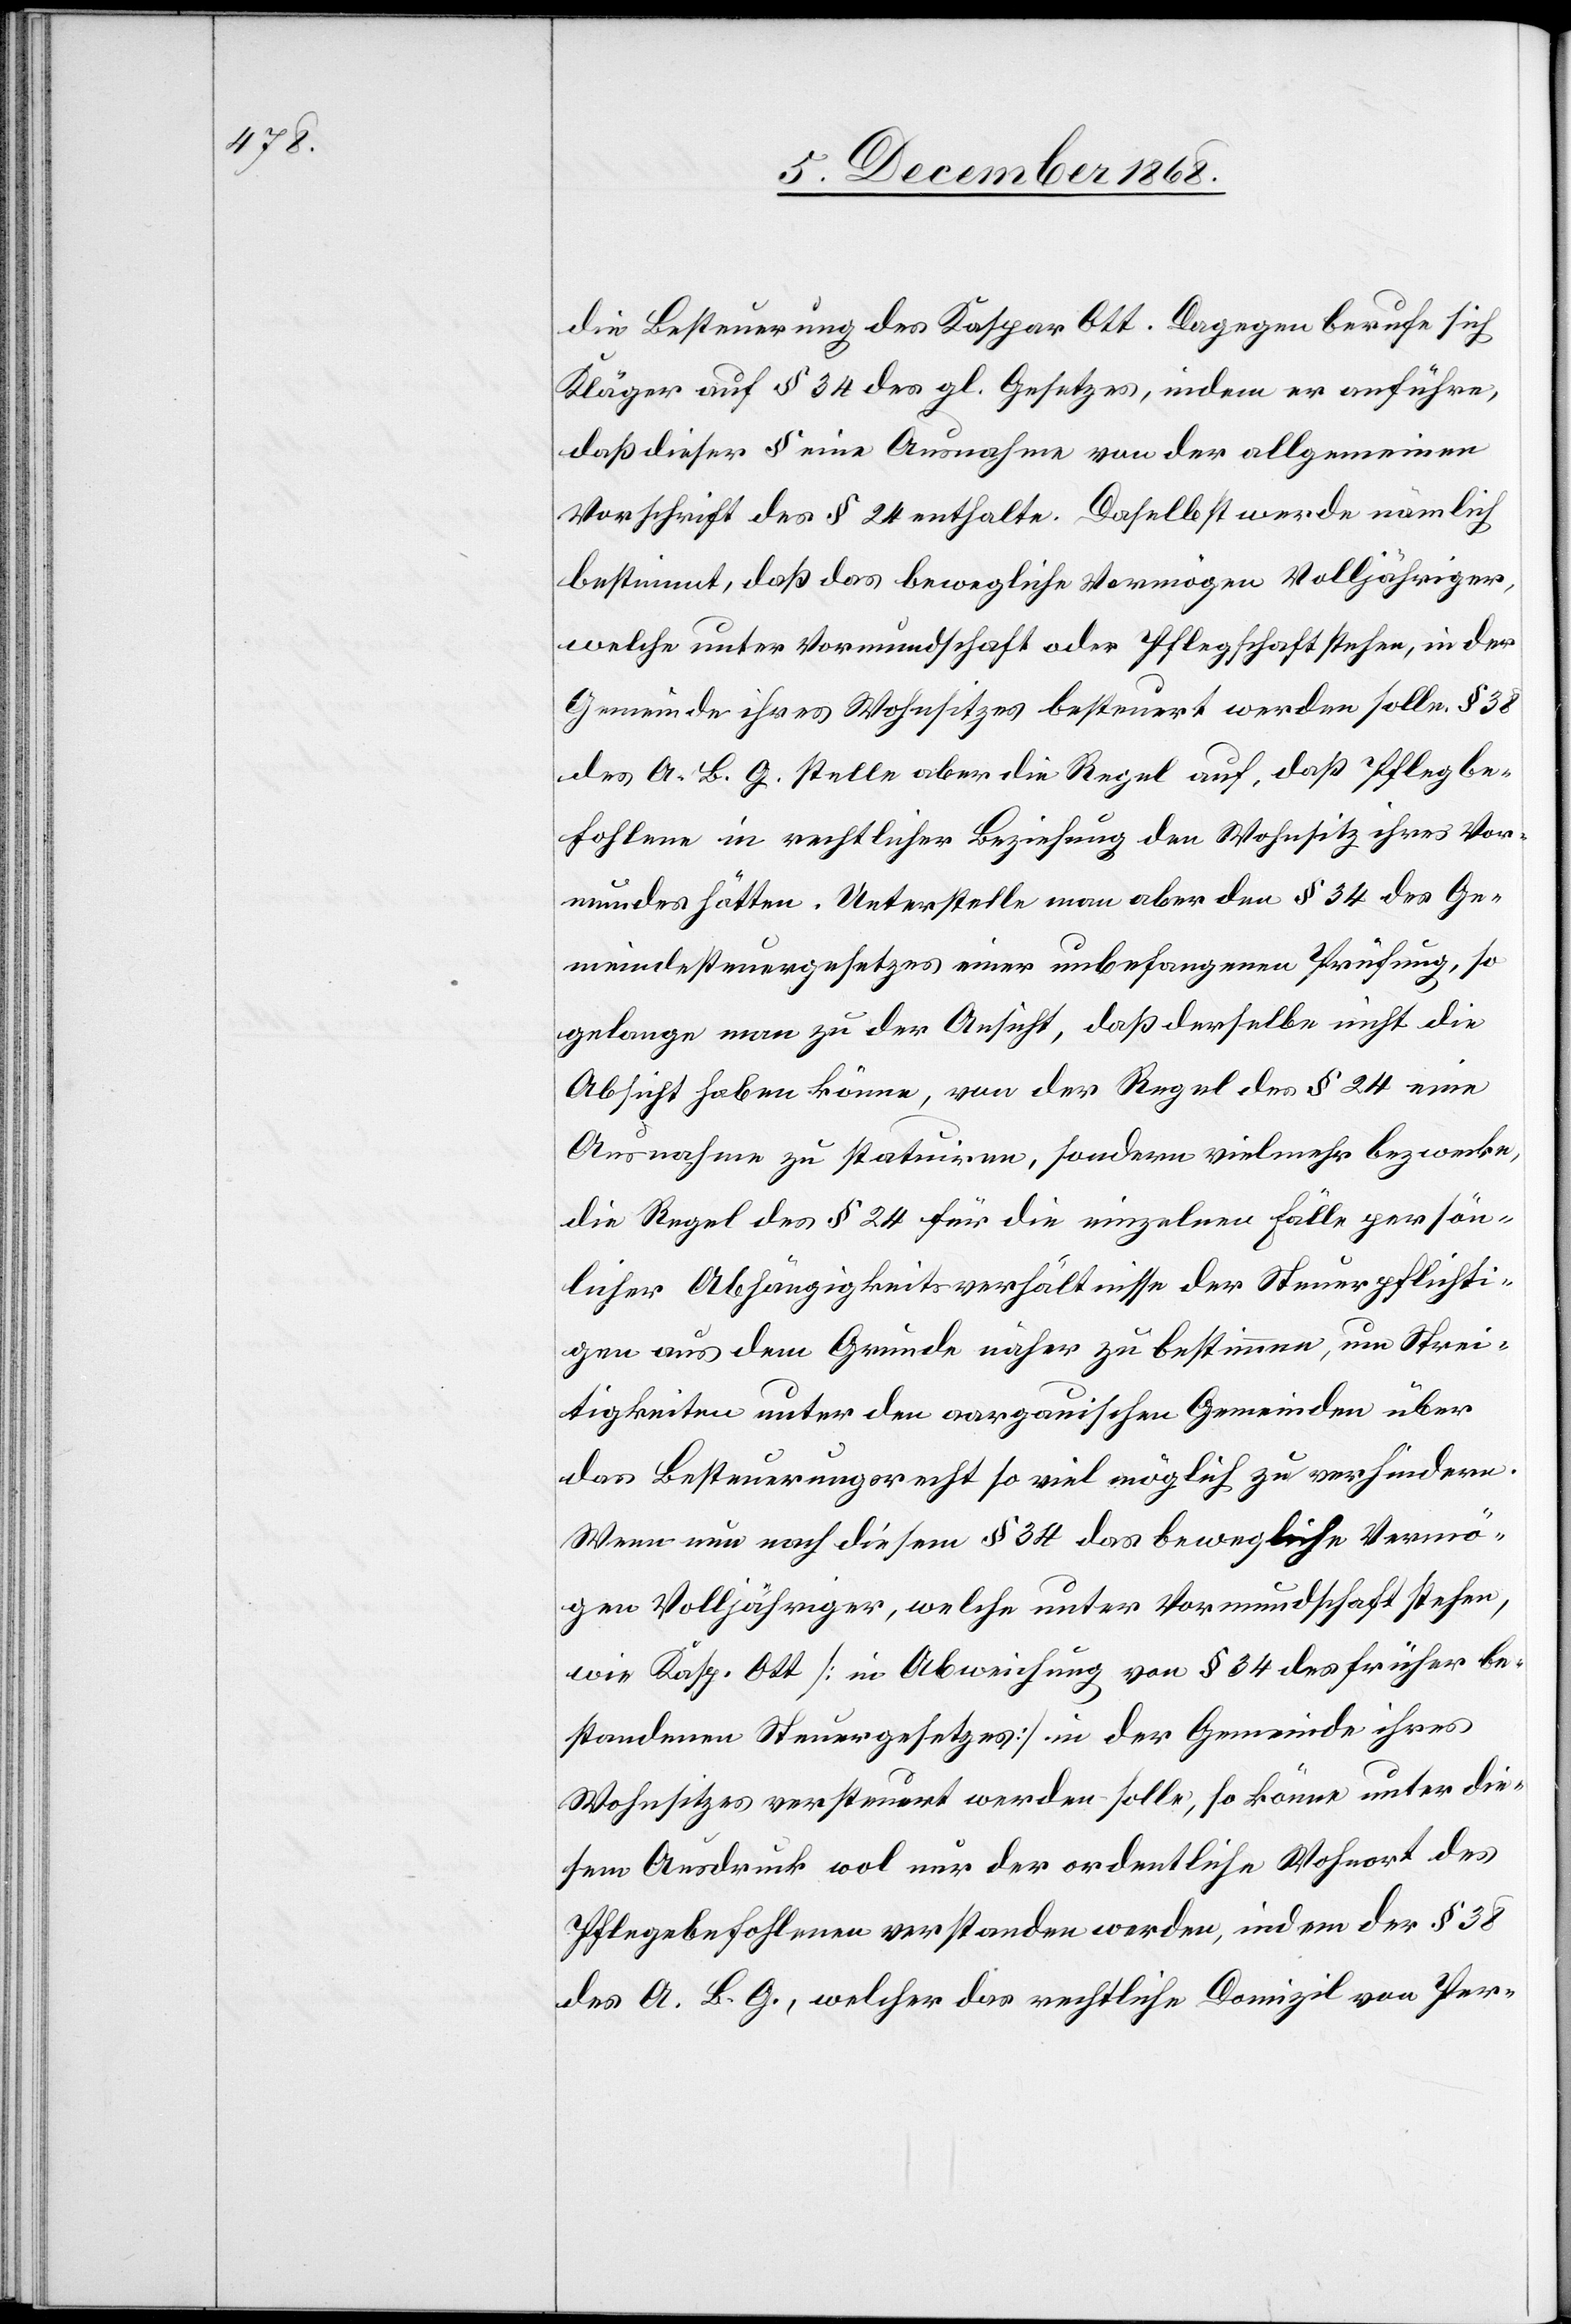
die Besteuerung des Kaspar Ott. Dagegen berufe sich
Kläger auf § 34 des gl. Gesetzes, indem er anführe,
daß dieser § eine Ausnahme von der allgemeinen
Vorschrift des § 24 enthalte. Daselbst werde nämlich
bestimmt, daß das bewegliche Vermögen Volljähriger,
welche unter Vormundschaft oder Pflegschaft stehen, in der
Gemeinde ihres Wohnsitzes besteuert werden solle. § 38
des A. B. G. stelle aber die Regel auf, daß Pflegbe¬
fohlene in rechtlicher Beziehung den Wohnsitz ihres Vor¬
mundes hätten. Unterstelle man aber den § 34 des Ge¬
meindesteuergesetzes einer unbefangenen Prüfung, so
gelange man zu der Ansicht, daß derselbe nicht die
Absicht haben könne, von der Regel des § 24 eine
Ausnahme zu statuiren, sondern vielmehr bezwecke,
die Regel des § 24 für die einzelnen Fälle persön¬
licher Abhängigkeitsverhältnisse der Steuerpflichti¬
gen aus dem Grunde näher zu bestimmen, um Strei¬
tigkeiten unter den aargauischen Gemeinden über
das Besteuerungsrecht so viel möglich zu verhindern.
Wenn nun nach diesem § 34 das bewegliche Vermö¬
gen Volljähriger, welche unter Vormundschaft stehen,
wie Kasp. Ott [in Abweichung von § 34 des früher be¬
standenen Steuergesetzes] in der Gemeinde ihres
Wohnsitzes versteuert werden solle, so könne unter die¬
sem Ausdruck wol nur der ordentliche Wohnort des
Pflegebefohlenen verstanden werden, indem der § 38
des A. B. G., welcher das rechtliche Domizil von Per-